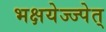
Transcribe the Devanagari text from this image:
भक्षयेज्ज्पेत्